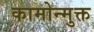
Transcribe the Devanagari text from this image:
कामोन्मुक्त